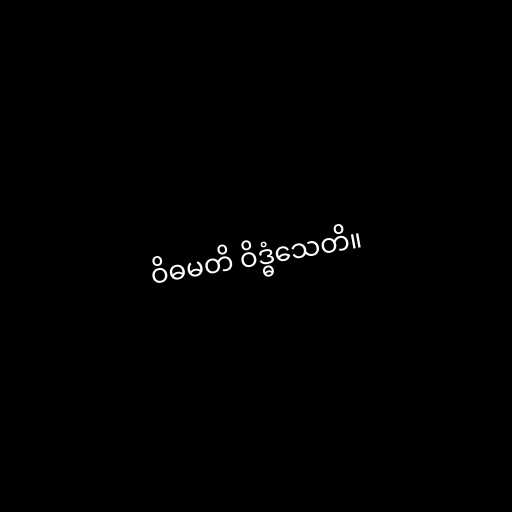
ဝိဓမတိ ဝိဒ္ဓံသေတိ။